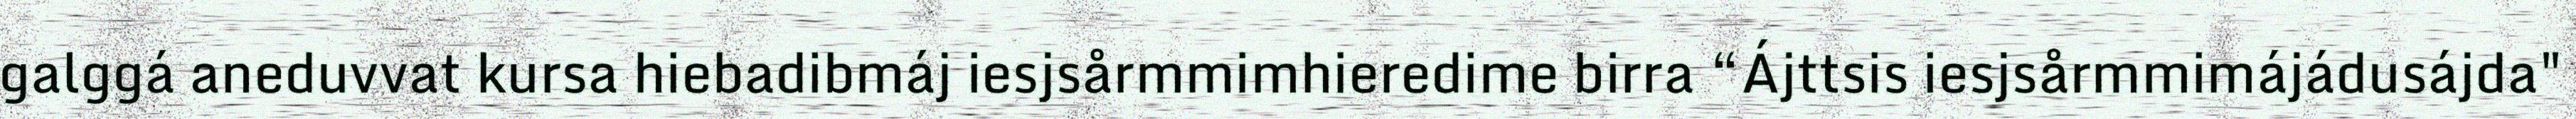
galggá aneduvvat kursa hiebadibmáj iesjsårmmimhieredime birra “Ájttsis iesjsårmmimájádusájda"